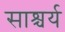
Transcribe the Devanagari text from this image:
साश्चर्य